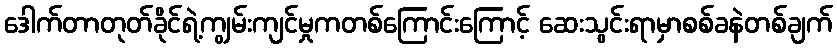
ဒေါက်တာတုတ်ခိုင်ရဲ့ကျွမ်းကျင်မှုကတစ်ကြောင်းကြောင့် ဆေးသွင်းရာမှာစစ်ခနဲတစ်ချက်